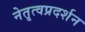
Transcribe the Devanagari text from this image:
नेतृत्वप्रदर्शन